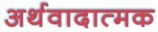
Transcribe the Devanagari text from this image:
अर्थवादात्मक